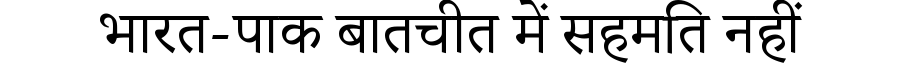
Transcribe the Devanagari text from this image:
भारत-पाक बातचीत में सहमति नहीं